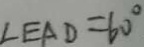
\angle E A D = 6 0 ^ { \circ }